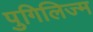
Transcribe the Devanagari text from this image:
पुगिलिज्म